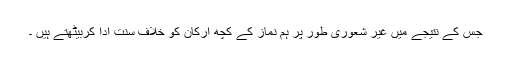
جس کے نتیجے میں غیر شعوری طور پر ہم نماز کے کچھ ارکان کو خلاف سنت ادا کربیٹھتے ہیں ۔